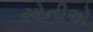
સોનીએ